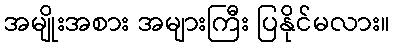
အမျိုးအစား အများကြီး ပြနိုင်မလား။